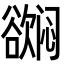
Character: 𬅳